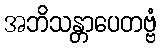
အဘိသန္တာပေတဗ္ဗံ